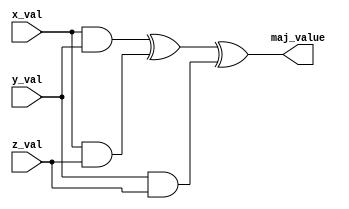
`timescale 1ns / 1ps
//////////////////////////////////////////////////////////////////////////////////
// Company: University of Oxford
// 
// Design Name: Majority bitwise value
// Module Name: Maj
// Project Name: SHA2_FPGA
// Target Devices: Alveo U280
// Tool Versions: icarus 11.2
// Description: 
// 
// Dependencies: Maj.v
// 
// Revision:
// Revision 0.1
// Additional Comments:
// 
//////////////////////////////////////////////////////////////////////////////////

module Majority
(
    // Inputs
    input [63 : 0] x_val,
    input [63 : 0] y_val,
    input [63 : 0] z_val,

    // Output
    output [63 : 0] maj_value
);

assign maj_value = (x_val&y_val)^(x_val&z_val)^(y_val&z_val);

endmodule